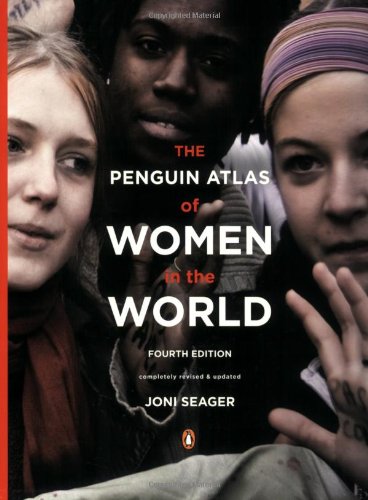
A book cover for The Penguin Atlas of Women in the World: Fourth Edition; Joni Seager; Reference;